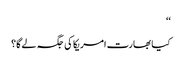
‘‘
کیا بھارت امریکا کی جگہ لے گا؟